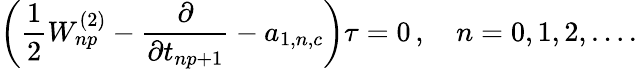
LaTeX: \biggl({\frac{1}{2}}W_{np}^{(2)}-{\frac{\partial}{\partial t_{np+1}}}-a_{1,n,c}\biggr)\tau=0\, ,\quad n=0,1,2,\ldots.